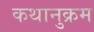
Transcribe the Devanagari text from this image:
कथानुक्रम